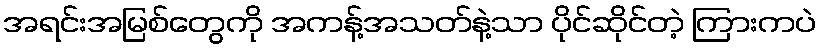
အရင်းအမြစ်တွေကို အကန့်အသတ်နဲ့သာ ပိုင်ဆိုင်တဲ့ ကြားကပဲ